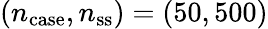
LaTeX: (n_{\mathrm{case}},n_{\mathrm{ss}})=(50,500)